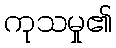
ကုသမှု၏